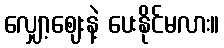
လျှော့ဈေးနဲ့ ပေးနိုင်မလား။